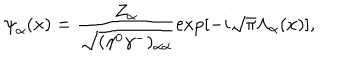
{ \psi } _ { \alpha } ( x ) = \frac { Z _ { \alpha } } { \sqrt { ( { \gamma } ^ { 0 } { \gamma } ^ { - } ) _ { { \alpha } { \alpha } } } } \mathrm { e x p } [ - i \sqrt { \pi } { \Lambda } _ { \alpha } ( x ) ] ,